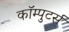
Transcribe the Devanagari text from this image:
कॉम्पुटर्स